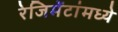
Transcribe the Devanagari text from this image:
रेजिमेंटांमध्ये